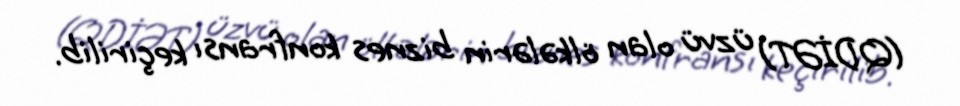
(QDİƏT) üzvü olan ölkələrin biznes konfransı keçirilib.